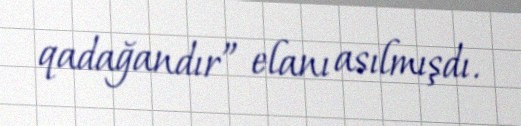
qadağandır” elanı asılmışdı.